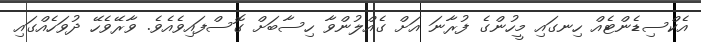
އެކްސިޑެންޓެއް ހިނގައި މީހުންގެ ފުރާނަ އަށް ގެއްލުންވާ ހިސާބަށް ގޮސްފައިވެއެވެ. ވާރޭވެހޭ ދުވަހެއްގައި